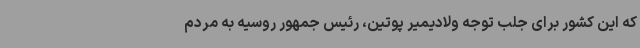
که این کشور برای جلب توجه ولادیمیر پوتین، رئیس جمهور روسیه به مردم